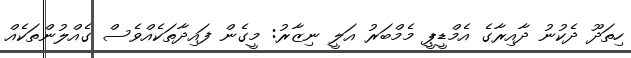
ހިތަދޫ ދެކުނު ދާއިރާގެ އެމްޑީޕީ މެމްބަރު އަލީ ނިޒާރު: މީގެން ފައިދާތަކެއްވެސް ގެއްލުންތަކެއް